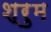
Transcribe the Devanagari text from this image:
श्रुम